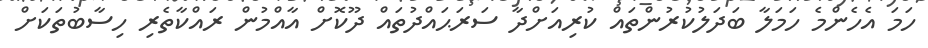
ހަމަ އެހެންމެ ހަމަލާ ބަދަލުކުރުންތައް ކުރިއަށްދާ ސަރަޙައްދުތައް ދޫކޮށް އާއްމުން ރައްކާތެރި ހިސާބުތަކަށް